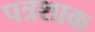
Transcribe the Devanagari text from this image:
पत्रशाक